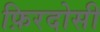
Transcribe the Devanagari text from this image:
फ़िरदोसी